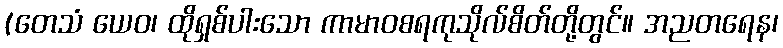
(တေသံ ယေဝ၊ ထိုရှစ်ပါးသော ကာမာဝစရကုသိုလ်စိတ်တို့တွင်။ အညတရေန၊